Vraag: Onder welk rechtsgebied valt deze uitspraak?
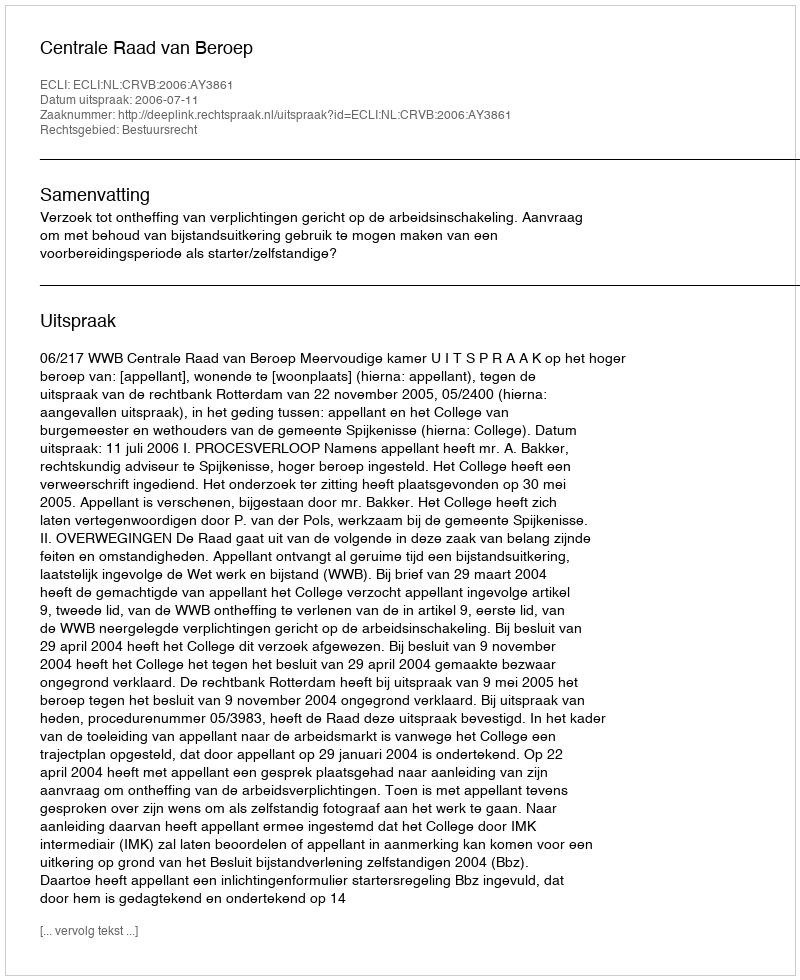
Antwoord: Bestuursrecht